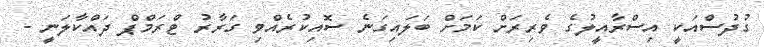
ގުދުސްއަކީ އިސްރާއީލުގެ ވެރިރަށް ކަމަށް ބަލައިގަނެ ސޮއިކުރެއްވި ގަރާރު ޓްރަމްޕް ދައްކާލަނީ -